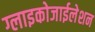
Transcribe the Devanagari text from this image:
ग्लाइकोजाईलेशन